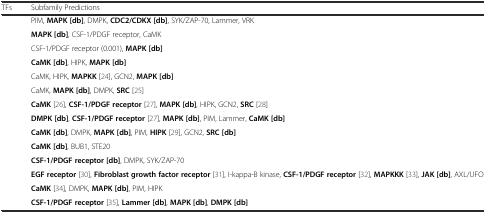
<table><thead><tr><td><b>TFs</b></td><td><b>Subfamily Predictions</b></td></tr></thead><tbody><tr><td>[EMPTY_CELL]</td><td>PIM, <b>MAPK [db]</b>, DMPK, <b>CDC2/CDKX [db]</b>, SYK/ZAP-70, Lammer, VRK</td></tr><tr><td>[EMPTY_CELL]</td><td><b>MAPK [db]</b>, CSF-1/PDGF receptor, CaMK</td></tr><tr><td>[EMPTY_CELL]</td><td>CSF-1/PDGF receptor (0.001), <b>MAPK [db]</b></td></tr><tr><td>[EMPTY_CELL]</td><td><b>CaMK [db]</b>, HIPK, <b>MAPK [db]</b></td></tr><tr><td>[EMPTY_CELL]</td><td>CaMK, HIPK, <b>MAPKK</b> [24], GCN2, <b>MAPK [db]</b></td></tr><tr><td>[EMPTY_CELL]</td><td>CaMK, <b>MAPK [db]</b>, DMPK, <b>SRC</b> [25]</td></tr><tr><td>[EMPTY_CELL]</td><td><b>CaMK</b> [26], <b>CSF-1/PDGF receptor</b> [27], <b>MAPK [db]</b>, HIPK, GCN2, <b>SRC</b> [28]</td></tr><tr><td>[EMPTY_CELL]</td><td><b>DMPK [db]</b>, <b>CSF-1/PDGF receptor</b> [27], <b>MAPK [db]</b>, PIM, Lammer, <b>CaMK [db]</b></td></tr><tr><td>[EMPTY_CELL]</td><td><b>CaMK [db]</b>, DMPK, <b>MAPK [db]</b>, PIM, <b>HIPK</b> [29], GCN2, <b>SRC [db]</b></td></tr><tr><td>[EMPTY_CELL]</td><td><b>CaMK [db]</b>, BUB1, STE20</td></tr><tr><td>[EMPTY_CELL]</td><td><b>CSF-1/PDGF receptor [db]</b>, DMPK, SYK/ZAP-70</td></tr><tr><td>[EMPTY_CELL]</td><td><b>EGF receptor</b> [30], <b>Fibroblast growth factor receptor</b> [31], I-kappa-B kinase, <b>CSF-1/PDGF receptor</b> [32], <b>MAPKKK</b> [33], <b>JAK [db]</b>, AXL/UFO</td></tr><tr><td>[EMPTY_CELL]</td><td><b>CaMK</b> [34], DMPK, <b>MAPK [db]</b>, PIM, HIPK</td></tr><tr><td>[EMPTY_CELL]</td><td><b>CSF-1/PDGF receptor</b> [35], <b>Lammer [db]</b>, <b>MAPK [db]</b>, <b>DMPK [db]</b></td></tr></tbody></table>